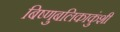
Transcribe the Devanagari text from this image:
बिष्णुबलिकाकुंशी